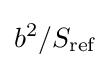
b^{2}/S_{\text{ref}}